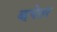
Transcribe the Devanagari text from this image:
व्हयेतर